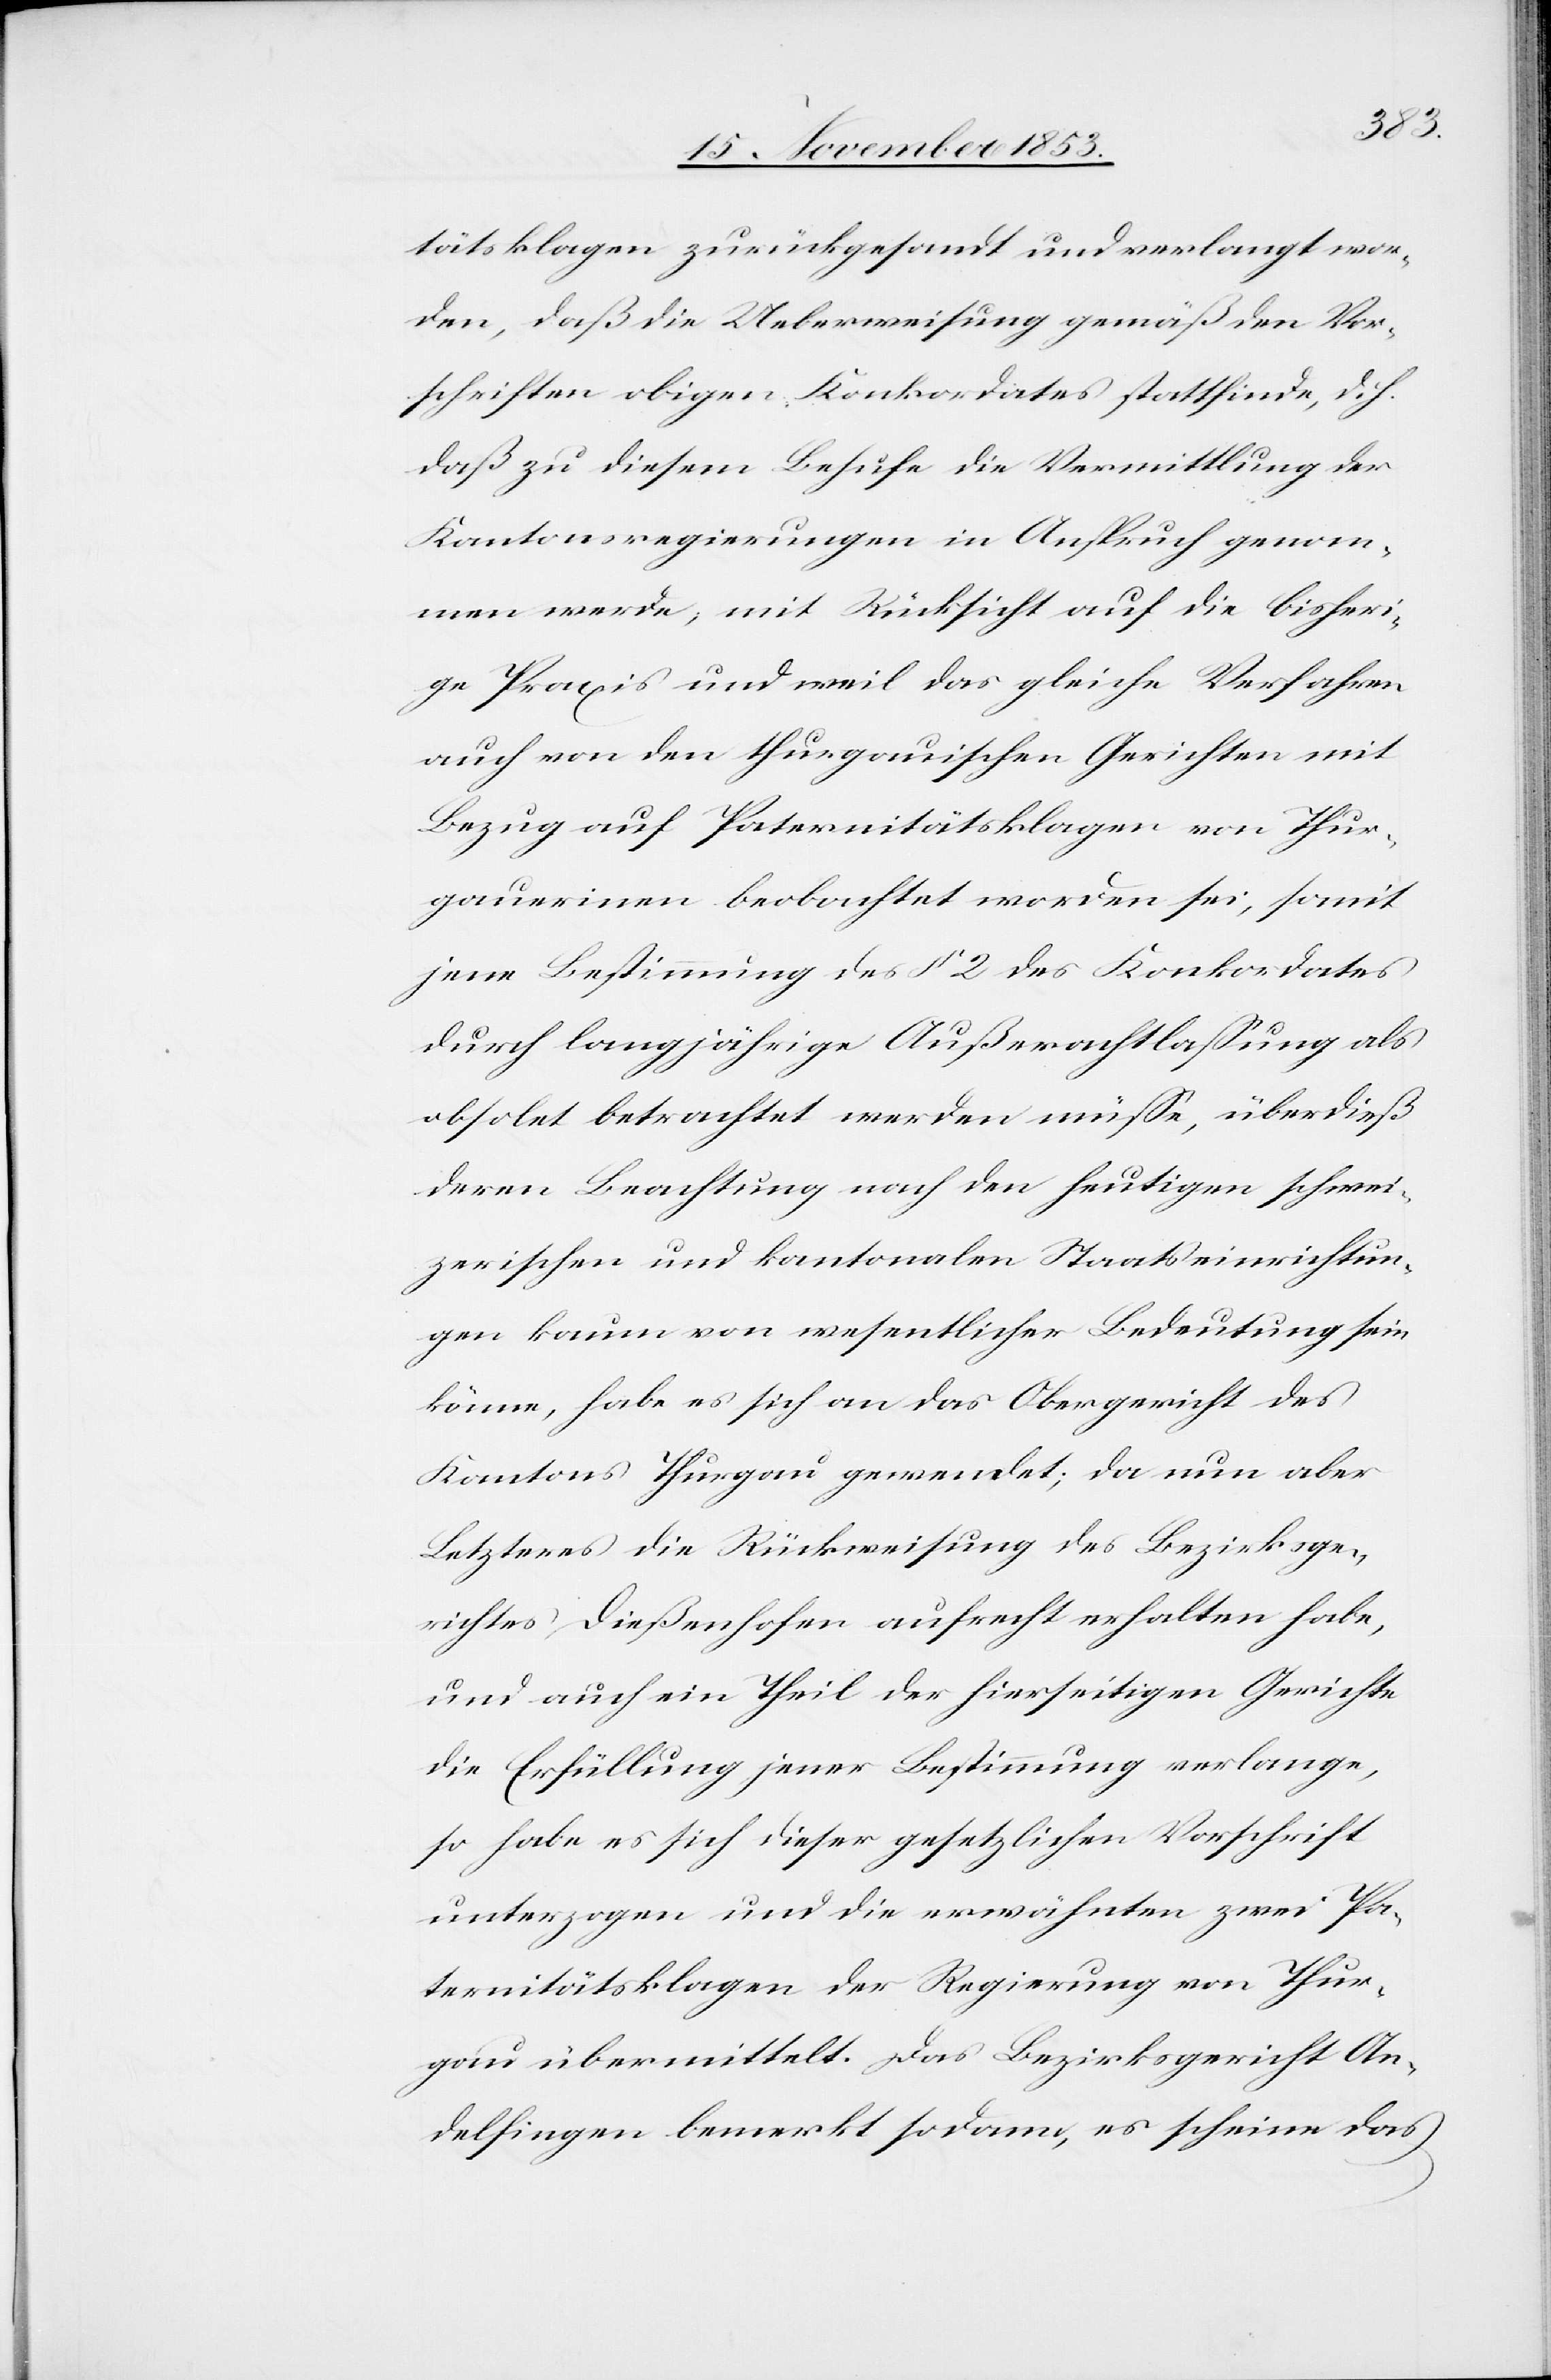
tätsklagen zurückgesandt und verlangt wor¬
den, daß die Ueberweisung gemäß den Vor¬
schriften obigen Konkordates stattfinde, d. h.
daß zu diesem Behufe die Vermittlung der
Kantonsregierungen in Anspruch genom¬
men werde, mit Rücksicht auf die bisheri¬
ge Praxis und weil das gleiche Verfahren
auch von den thurgauischen Gerichten mit
Bezug auf Paternitätsklagen von Thur¬
gauerinnen beobachtet worden sei, somit
jene Bestimmung des § 2 des Konkordates
durch langjährige Außerachtlaßung als
obsolet betrachtet werden müße, überdieß
deren Beobachtung nach den heutigen schwei¬
zerischen und kantonalen Staatseinrichtun¬
gen kaum von wesentlicher Bedeutung sein
könne, habe es sich an das Obergericht des
Kantons Thurgau gewendet; da nun aber
Letzteres die Rückweisung des Bezirksge¬
richtes Dießenhofen aufrecht erhalten habe,
und auch im Theil der hierseitigen Gerichte
die Erfüllung jener Bestimmung verlange,
so habe es sich dieser gesetzlichen Vorschrift
unterzogen und die erwähnten zwei Pa¬
ternitätsklagen der Regierung von Thur¬
gau übermittelt. Das Bezirksgericht An¬
delfingen bemerkt sodann, es scheine das